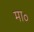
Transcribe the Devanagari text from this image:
मा॰